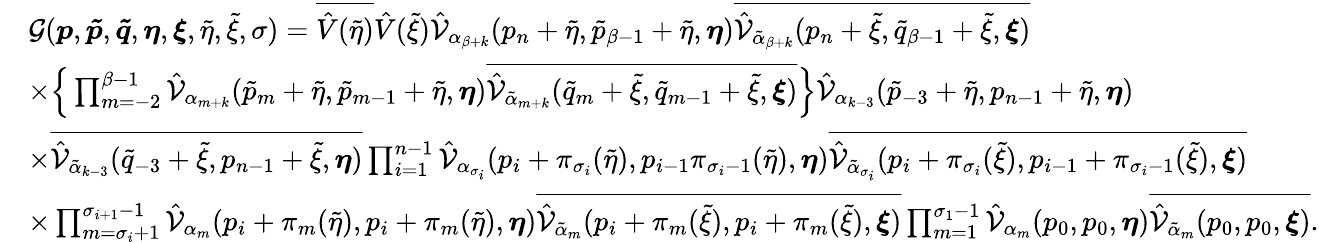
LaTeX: \begin{array}{rl}&{\mathcal{G}(\boldsymbol{p},\boldsymbol{\tilde{p}},\boldsymbol{\tilde{q}},\boldsymbol{\eta},\boldsymbol{\xi},\tilde{\eta},\tilde{\xi},\sigma)=\overline{{\hat{V}(\tilde{\eta})}}\hat{V}(\tilde{\xi})\hat{\mathcal{V}}_{\alpha_{\beta+k}}(p_{n}+\tilde{\eta},\tilde{p}_{\beta-1}+\tilde{\eta},\boldsymbol{\eta})\overline{{\hat{\mathcal{V}}_{\tilde{\alpha}_{\beta+k}}(p_{n}+\tilde{\xi},\tilde{q}_{\beta-1}+\tilde{\xi},\boldsymbol{\xi})}}}\\ &{\times\Big\{ \prod_{m=-2}^{\beta-1}\hat{\mathcal{V}}_{\alpha_{m+k}}(\tilde{p}_{m}+\tilde{\eta},\tilde{p}_{m-1}+\tilde{\eta},\boldsymbol{\eta})\overline{{\hat{\mathcal{V}}_{\tilde{\alpha}_{m+k}}(\tilde{q}_{m}+\tilde{\xi},\tilde{q}_{m-1}+\tilde{\xi},\boldsymbol{\xi})}}\Big\} \hat{\mathcal{V}}_{\alpha_{k-3}}(\tilde{p}_{-3}+\tilde{\eta},p_{n-1}+\tilde{\eta},\boldsymbol{\eta})}\\ &{\times\overline{{\hat{\mathcal{V}}_{\tilde{\alpha}_{k-3}}(\tilde{q}_{-3}+\tilde{\xi},p_{n-1}+\tilde{\xi},\boldsymbol{\eta})}}\prod_{i=1}^{n-1}\hat{\mathcal{V}}_{\alpha_{\sigma_{i}}}(p_{i}+\pi_{\sigma_{i}}(\tilde{\eta}),p_{i-1}\pi_{\sigma_{i}-1}(\tilde{\eta}),\boldsymbol{\eta})\overline{{\hat{\mathcal{V}}_{\tilde{\alpha}_{\sigma_{i}}}(p_{i}+\pi_{\sigma_{i}}(\tilde{\xi}),p_{i-1}+\pi_{\sigma_{i}-1}(\tilde{\xi}),\boldsymbol{\xi})}}}\\ &{\times\prod_{m=\sigma_{i}+1}^{\sigma_{i+1}-1}\hat{\mathcal{V}}_{\alpha_{m}}(p_{i}+\pi_{m}(\tilde{\eta}),p_{i}+\pi_{m}(\tilde{\eta}),\boldsymbol{\eta})\overline{{\hat{\mathcal{V}}_{\tilde{\alpha}_{m}}(p_{i}+\pi_{m}(\tilde{\xi}),p_{i}+\pi_{m}(\tilde{\xi}),\boldsymbol{\xi})}}\prod_{m=1}^{\sigma_{1}-1}\hat{\mathcal{V}}_{\alpha_{m}}(p_{0},p_{0},\boldsymbol{\eta})\overline{{\hat{\mathcal{V}}_{\tilde{\alpha}_{m}}(p_{0},p_{0},\boldsymbol{\xi})}}.}\end{array}